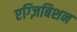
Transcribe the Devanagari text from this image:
एग्ज़िबिशन